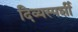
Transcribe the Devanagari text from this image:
दिव्यस्पर्शी